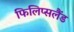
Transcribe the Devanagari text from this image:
फिलिप्सलैंड